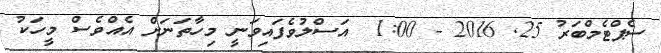
ސެޕްޓެމްބަރު 25